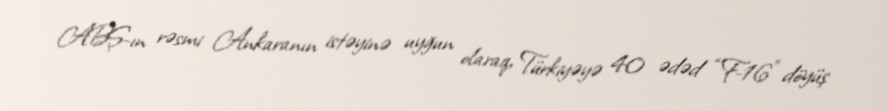
ABŞ-ın rəsmi Ankaranın istəyinə uyğun olaraq, Türkiyəyə 40 ədəd “F-16” döyüş